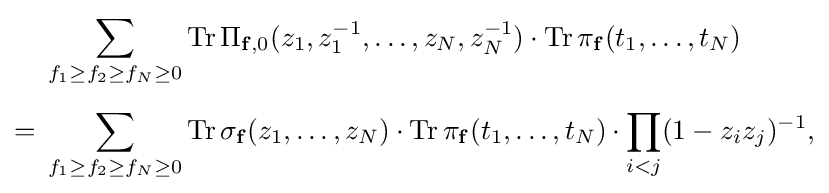
{\begin{aligned}&\sum _{f_{1}\geq f_{2}\geq f_{N}\geq 0}\operatorname {Tr} \Pi _{\mathbf {f} ,0}(z_{1},z_{1}^{-1},\ldots ,z_{N},z_{N}^{-1})\cdot \operatorname {Tr} \pi _{\mathbf {f} }(t_{1},\ldots ,t_{N})\\[5pt]={}&\sum _{f_{1}\geq f_{2}\geq f_{N}\geq 0}\operatorname {Tr} \sigma _{\mathbf {f} }(z_{1},\ldots ,z_{N})\cdot \operatorname {Tr} \pi _{\mathbf {f} }(t_{1},\ldots ,t_{N})\cdot \prod _{i<j}(1-z_{i}z_{j})^{-1},\end{aligned}}